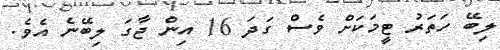
ލިބޭ ހަތަރު ޓީމަކަށް ވެސް ގަދަ 16 އިން ޖާގަ ލިބޭނެ އެވެ.